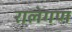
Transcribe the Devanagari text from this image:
रालेगण